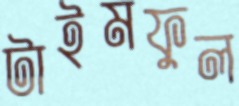
টাইমফুল